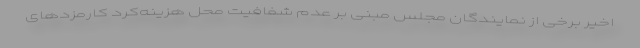
اخیر برخی از نمایندگان مجلس مبنی بر عدم شفافیت محل هزینه‌کرد کارمزدهای